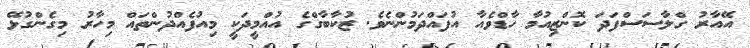
އޭއާރު ގްލާސަސްފަދަ ކޮންޒިއުމާ ހާޑްވެއާ އުފައްދަމުންނެވެ. ޒުކާބާގްގެ އުއްމީދަކީ މިއުފެއްދުންތައް މިހާރު މިގެންގުޅޭ